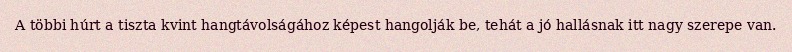
A többi húrt a tiszta kvint hangtávolságához képest hangolják be, tehát a jó hallásnak itt nagy szerepe van.